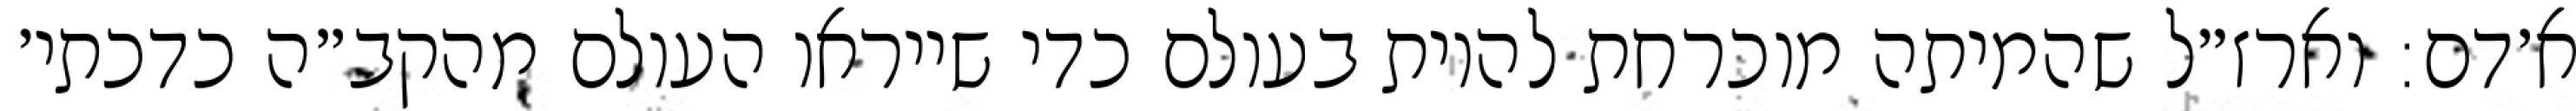
א׳דם: וארז״ל שהמיתה מוכרחת להיות בעולם כדי שייראו העולם מהקב״ה כדכתי׳